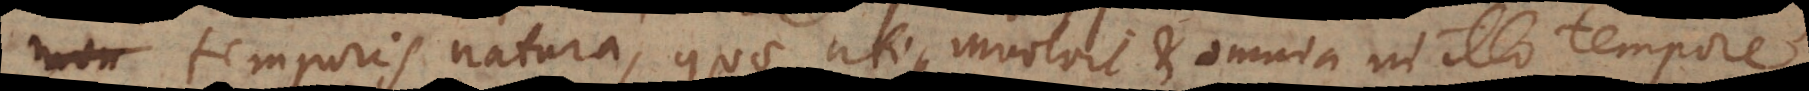
temporis natura, quae utique involvit et omnia in illo tempore